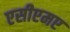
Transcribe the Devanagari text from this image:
एसीएमए